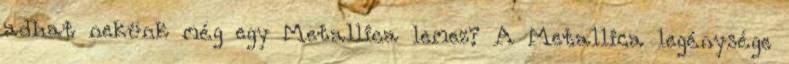
adhat nekünk még egy Metallica lemez? A Metallica legénysége